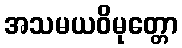
အသမယဝိမုတ္တော